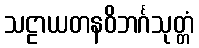
သဠာယတနဝိဘင်္ဂသုတ္တံ